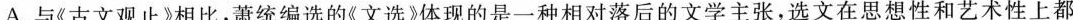
A.与《古文观止》相比，萧统编选的《文选》体现的是一种相对落后的文学主张，选文在思想性和艺术性上都